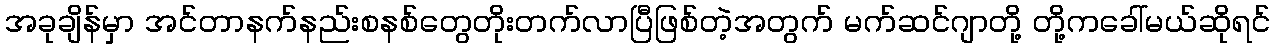
အခုချိန်မှာ အင်တာနက်နည်းစနစ်တွေတိုးတက်လာပြီဖြစ်တဲ့အတွက် မက်ဆင်ဂျာတို့ တို့ကခေါ်မယ်ဆိုရင်